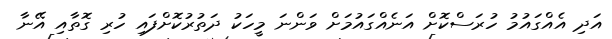
އަދި އެއްގައުމު ހުރަސްކޮށް އަނެއްގައުމަށް ވަންނަ މީހަކު ދަތުރުކޮށްފައި ހުރި ގޮތާއި އޭނާ